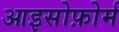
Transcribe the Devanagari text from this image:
आइसोफ़ोर्म